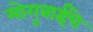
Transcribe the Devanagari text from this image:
मोगूबाईंचे